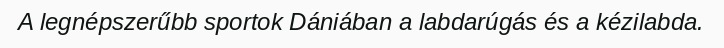
A legnépszerűbb sportok Dániában a labdarúgás és a kézilabda.